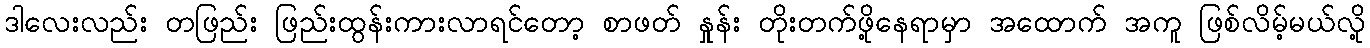
ဒါလေးလည်း တဖြည်း ဖြည်းထွန်းကားလာရင်တော့ စာဖတ် နှုန်း တိုးတက်ဖို့နေရာမှာ အထောက် အကူ ဖြစ်လိမ့်မယ်လို့